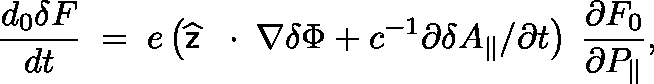
\frac { d _ { 0 } \delta F } { d t } \; = \; e \left( \widehat { \sf z } \, \mathrm { ~ \boldmath ~ \cdot ~ } \, \nabla \delta \Phi + c ^ { - 1 } \partial \delta A _ { \| } / \partial t \right) \; \frac { \partial F _ { 0 } } { \partial P _ { \| } } ,